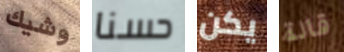
وشيك حسنا يكن قالة